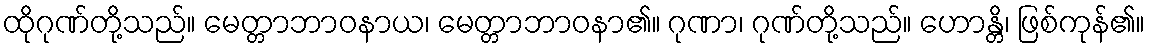
ထိုဂုဏ်တို့သည်။ မေတ္တာဘာဝနာယ၊ မေတ္တာဘာဝနာ၏။ ဂုဏာ၊ ဂုဏ်တို့သည်။ ဟောန္တိ၊ ဖြစ်ကုန်၏။